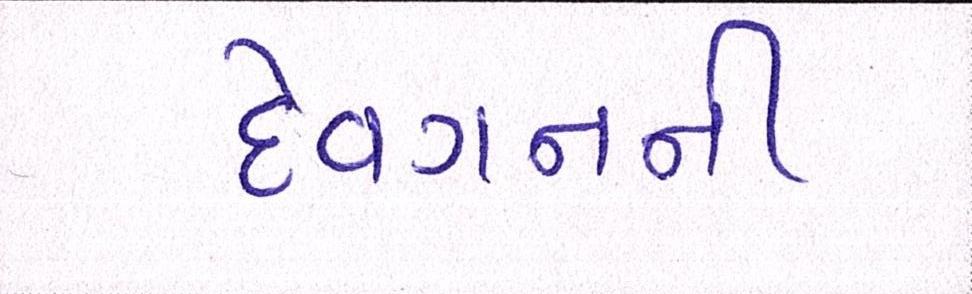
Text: દેવગનની